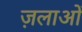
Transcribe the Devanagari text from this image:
ज़लाओं